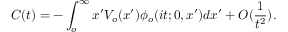
C ( t ) = - \int _ { o } ^ { \infty } x ^ { \prime } V _ { o } ( x ^ { \prime } ) \phi _ { o } ( i t ; 0 , x ^ { \prime } ) d x ^ { \prime } + O ( \frac { 1 } { t ^ { 2 } } ) .